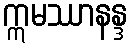
ဣမဿာနန္ဒ